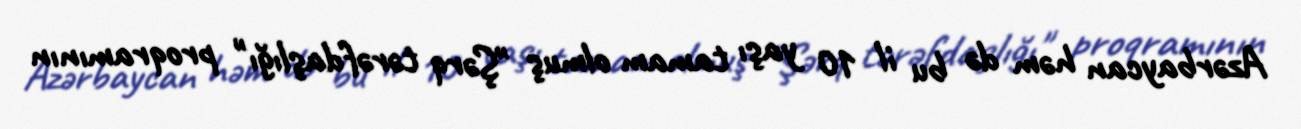
Azərbaycan həm də bu il 10 yaşı tamam olmuş "Şərq tərəfdaşlığı" proqramının